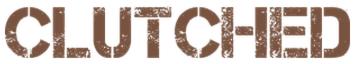
CLUTCHED